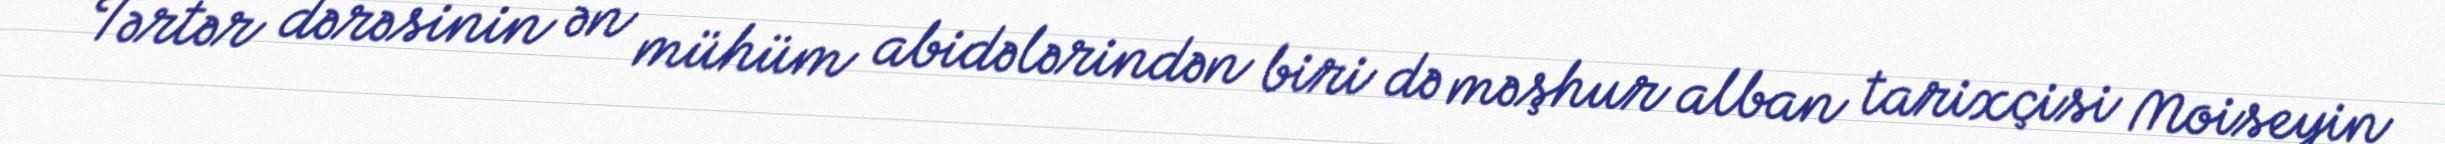
Tərtər dərəsinin ən mühüm abidələrindən biri də məşhur alban tarixçisi Moiseyin